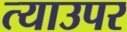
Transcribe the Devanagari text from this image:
त्याउपर